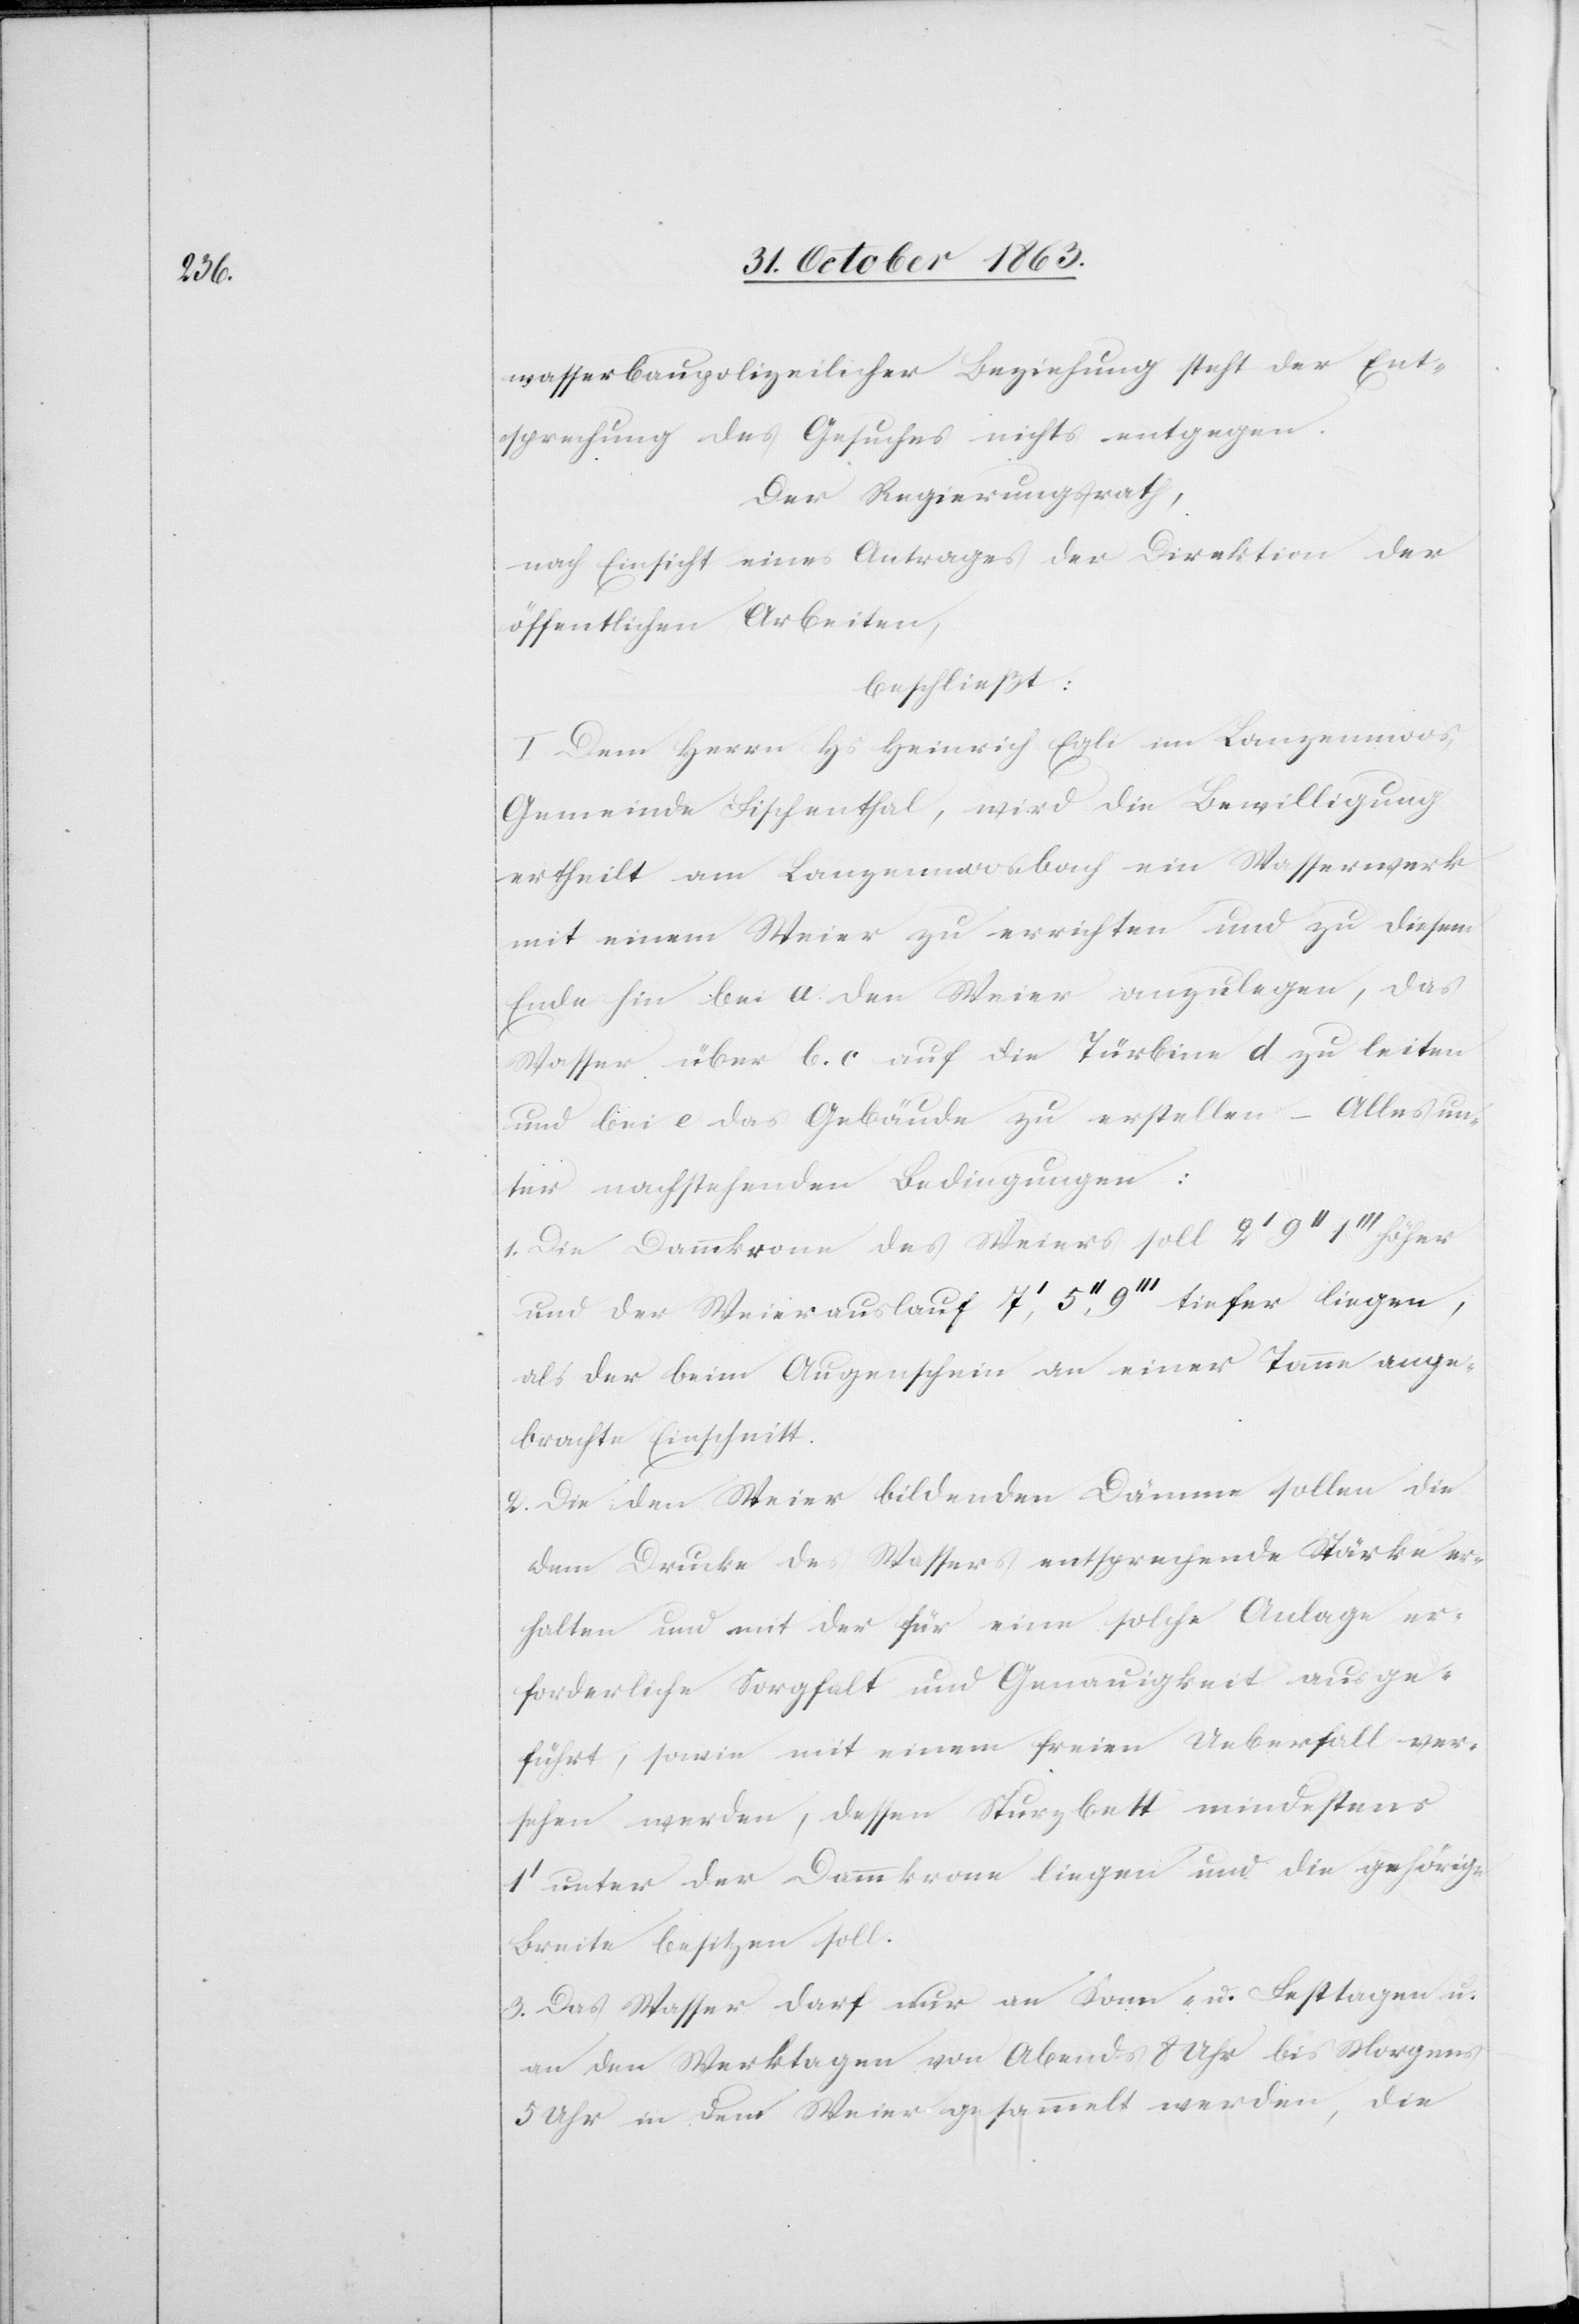
wasserbaupolizeilicher Beziehung steht der Ent¬
sprechung des Gesuches nichts entgegen.
Der Regierungsrath,
nach Einsicht eines Antrages der Direktion der
öffentlichen Arbeiten,
beschließt:
I. Dem Herrn Hs Heinrich Egli im Lanzenmoos,
Gemeinde Fischenthal, wird die Bewilligung
ertheilt am Lanzenmoosbach ein Wasserwerk
mit einem Weier zu errichten und zu diesem
Ende hin bei a. den Weier anzulegen, das
Wasser über b. c auf die Türbine d zu leiten
und bei e das Gebäude zu erstellen – Alles un¬
ter nachstehenden Bedingungen:
1. Die Dammkrone des Weiers soll 2' 9'' 1''' höher
und der Weierauslauf 7', 5'', 9''' tiefer liegen,
als der beim Augenschein an einer Tanne ange¬
brachte Einschnitt.
2. Die den Weier bildenden Dämme sollen die
dem Drucke des Wassers entsprechende Stärke er¬
halten und mit der für eine solche Anlage er¬
forderliche Sorgfalt und Genauigkeit ausge¬
führt, sowie mit einem freien Ueberfall ver¬
sehen werden, dessen Sturzbett mindestens
1' unter der Dammkrone liegen und die gehörige
Breite besitzen soll.
3. Das Wasser darf nur an Sonn- u. Festtagen u.
an den Werktagen von Abends 8 Uhr bis Morgens
5 Uhr in dem Weier gesammelt werden, die